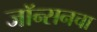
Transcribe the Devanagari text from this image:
जॉन्सनचा